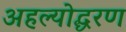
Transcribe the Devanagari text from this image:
अहल्योद्धरण